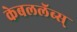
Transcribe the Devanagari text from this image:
केबललॅब्स्